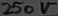
Text: 250V